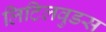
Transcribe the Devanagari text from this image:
लिटिलवुडस